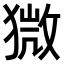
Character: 𤠦